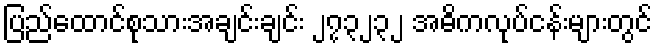
ပြည်ထောင်စုသားအချင်းချင်း ၂၇၃၂၃၂ အဓိကလုပ်ငန်းများတွင်